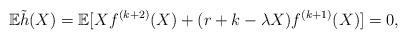
LaTeX: \begin{align*}\mathbb{E}\tilde{h}(X)=\mathbb{E}[Xf^{(k+2)}(X)+(r+k-\lambda X)f^{(k+1)}(X)]=0,\end{align*}